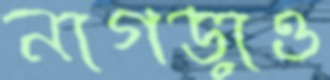
নাগড়াও